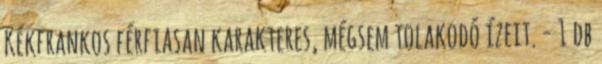
Kékfrankos férfiasan karakteres, mégsem tolakodó ízeit. - 1 db